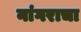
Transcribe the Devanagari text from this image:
नांगराचा